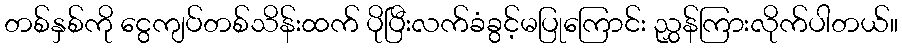
တစ်နှစ်ကို ငွေကျပ်တစ်သိန်းထက် ပိုပြီးလက်ခံခွင့်မပြုကြောင်း ညွှန်ကြားလိုက်ပါတယ်။